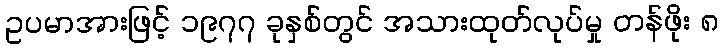
ဥပမာအားဖြင့် ၁၉၇၇ ခုနှစ်တွင် အသားထုတ်လုပ်မှု တန်ဖိုး ၈